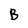
Character: B